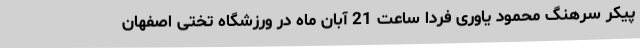
پیکر سرهنگ محمود یاوری فردا ساعت 21 آبان ماه در ورزشگاه تختی اصفهان